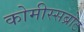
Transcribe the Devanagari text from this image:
कोमीस्सब्रोट